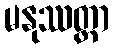
မနုဿတ္တာ